Lunatic asylums Central Provinces reports 1874-1885 - 1874-1885
Year: 1874
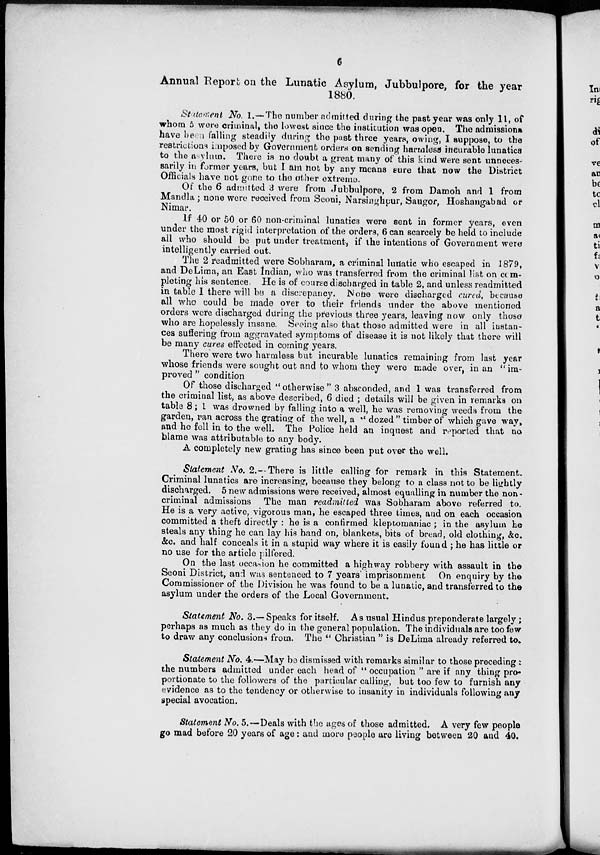
6
Annual Report on the Lunatic Asylum, Jubbulpore, for the year
1880.
Statement No. 1.—The number admitted during the past year was only 11, of
whom 5 were criminal, the lowest since the institution was open. The admissions
have been falling steadily during the past three years, owing, I suppose, to the
restrictions imposed by Government orders on sending harmless incurable lunatics
to the asylum. There is no doubt a great many of this kind were sent unneces-
sarily in former years, but I am not by any means sure that now the District
Officials have not gone to the other extreme.
Of the 6 admitted 3 were from Jubbulpore, 2 from Damoh and 1 from
Mandla ; none were received from Seoni. Narsinghpur, Saugor, Hoshangabad or
Nimar.
If 40 or 50 or 60 non-criminal lunatics were sent in former years, even
under the most rigid interpretation of the orders, 6 can scarcely be held to include
all who should be put under treatment, if the intentions of Government were
intelligently carried out.
The 2 readmitted were Sobharam, a criminal lunatic who escaped in 1879,
and DeLima, an East Indian, who was transferred from the criminal list on com-
pleting his sentence He is of course discharged in table 2, and unless readmitted
in table 1 there will be a discrepancy. None were discharged cured, because
all who could be made over to their friends under the above mentioned
orders were discharged during the previous three years, leaving now only those
who are hopelessly insane. Seeing also that those admitted were in all instan-
ces suffering from aggravated symptoms of disease it is not likely that there will
be many cures effected in coming years.
There were two harmless but incurable lunatics remaining from last year
whose friends were sought out and to whom they were made over, in an " im-
proved "condition
Of those discharged "otherwise " 3 absconded, and 1 was transferred from
the criminal list, as above described, 6 died ; details will be given in remarks on
table 8; 1 was drowned by falling into a well, he was removing weeds from the
garden, ran across the grating of the well, a "dozed " timber of which gave way,
and he fell in to the well. The Police held an inquest and reported that no
blame was attributable to any body.
A completely new grating has since been put over the well.
Statement No. 2.-There is little calling for remark in this Statement.
Criminal lunatics are increasing, because they belong to a class not to be lightly
discharged. 5 new admissions were received, almost equalling in number the non
criminal admissions The man readmitted was Sobharam above referred to.
He is a very active, vigorous man, he escaped three times, and on each occasion
committed a theft directly : he is a confirmed kleptomaniac ; in the asylum he
steals any thing he can lay his hand on, blankets, bits of bread, old clothing, &c.
&c. and half conceals it in a stupid way where it is easily found ; he has little or
no use for the article pilfered.
On the last occasion he committed a highway robbery with assault in the
Seoni District, and was sentenced to 7 years imprisonment On enquiry by the
Commissioner of the Division he was found to be a lunatic, and transferred to the
asylum under the orders of the Local Government.
Statement No. 3.— Speaks for itself. As usual Hindus preponderate largely;
perhaps as much as they do in the general population. The individuals are too few
to draw any conclusions from. The " Christian " is DeLima already referred to.
Statement No. 4.—May be dismissed with remarks similar to those preceding:
the numbers admitted under each head of " occupation " are if any thing pro-
portionate to the followers of the particular calling, but too few to furnish any
evidence as to the tendency or otherwise to insanity in individuals following any
special avocation.
Statement No. 5.—Deals with the ages of those admitted. A very few people
go mad before 20 years of age: and more people are living between 20 and 40.